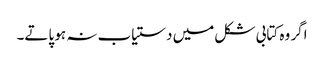
اگر وہ کتابی شکل میں دستیاب نہ ہو پاتے۔